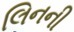
લિનની